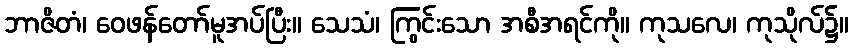
ဘာဇိတံ၊ ဝေဖန်တော်မူအပ်ပြီး။ သေသံ၊ ကြွင်းသော အစီအရင်ကို။ ကုသလေ၊ ကုသိုလ်၌။